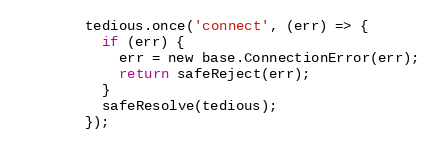
Language: JavaScript
        tedious.once('connect', (err) => {
          if (err) {
            err = new base.ConnectionError(err);
            return safeReject(err);
          }
          safeResolve(tedious);
        });